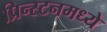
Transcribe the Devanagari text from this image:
प्रिन्स्टनमध्ये